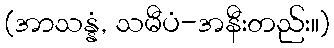
(အာသန္နံ, သမီပံ-အနီးတည်း။)